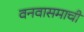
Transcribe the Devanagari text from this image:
वनवासमाची